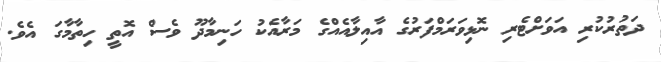
ދަތުރުކުރި އަވަށްޓެރި ނޮޅިވަރަމްފަރުގެ އާއިލާއެއްގެ މަރާއެކު ހަނިމާދޫ ވެސް އޮތީ ހިތާމާގަ އެވެ.